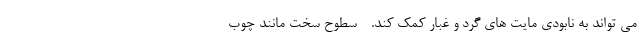
می تواند به نابودی مایت های گرد و غبار کمک کند. - سطوح سخت مانند چوب